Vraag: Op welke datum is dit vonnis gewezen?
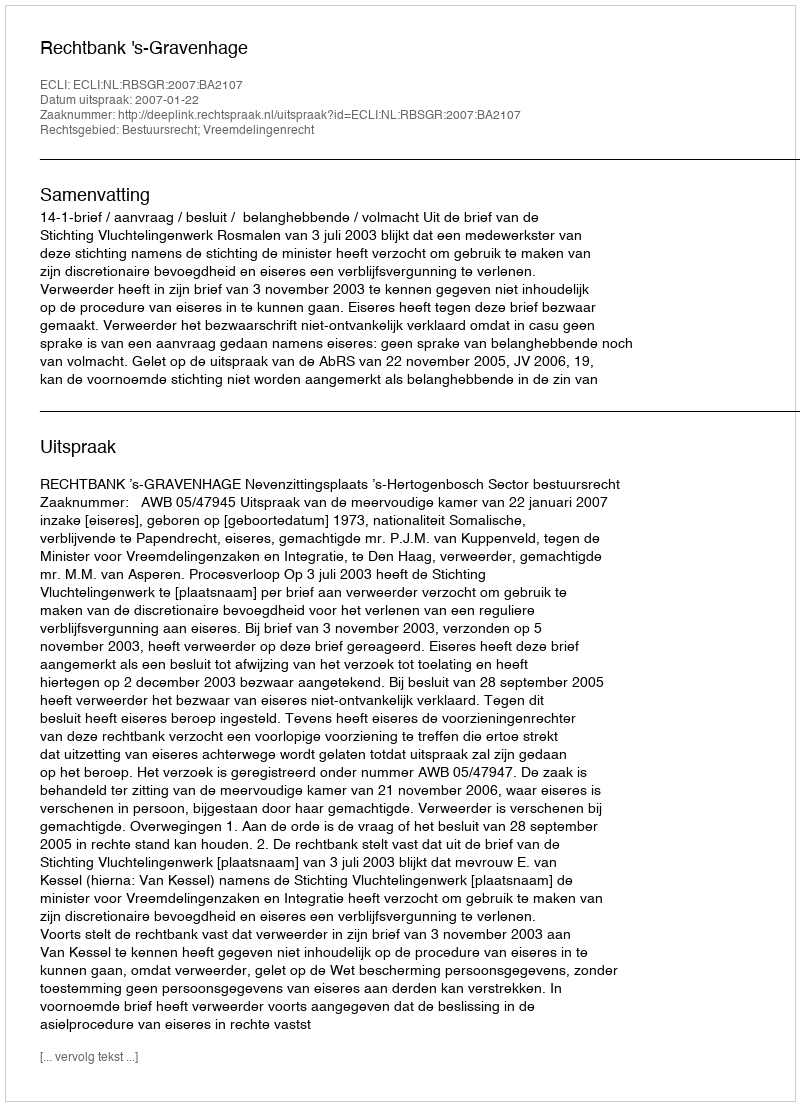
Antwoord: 2007-01-22